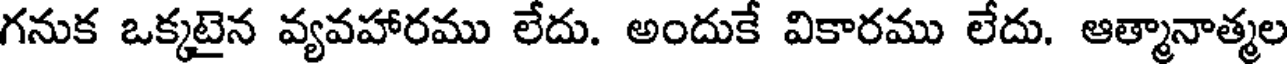
గనుక ఒక్కటైన వ్యవహారము లేదు. అందుకే వికారము లేదు. ఆత్మానాత్మల